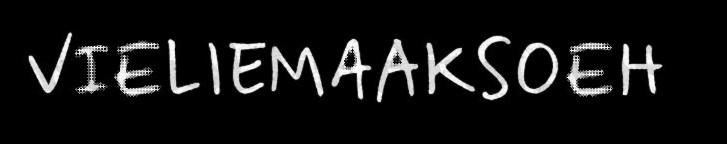
VIELIEMAAKSOEH